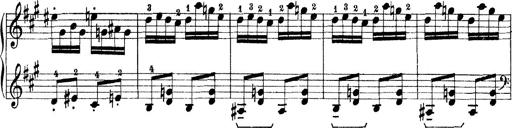
Title: Rapsodie: 19 ungheresi, 1 spagnuola
Composer: Franz Liszt